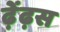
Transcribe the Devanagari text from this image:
ढ़ेंढ़स